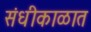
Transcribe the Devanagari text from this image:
संधीकाळात